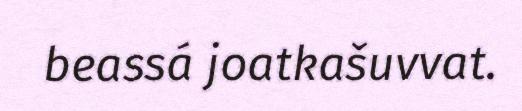
beassá joatkašuvvat.